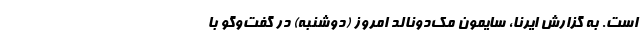
است. به گزارش ایرنا، سایمون مک‌دونالد امروز (دوشنبه) در گفت‌وگو با